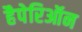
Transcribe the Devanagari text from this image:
हैपेरिऑन